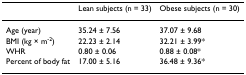
<table><thead><tr><td></td><td><b>Lean subjects (n = 33)</b></td><td><b>Obese subjects (n = 30)</b></td></tr></thead><tbody><tr><td>Age (year)</td><td>35.24 ± 7.56</td><td>37.07 ± 9.68</td></tr><tr><td>BMI (kg × m<sup>-2</sup>)</td><td>22.23 ± 2.14</td><td>32.21 ± 3.99*</td></tr><tr><td>WHR</td><td>0.80 ± 0.06</td><td>0.88 ± 0.08*</td></tr><tr><td>Percent of body fat</td><td>17.00 ± 5.16</td><td>36.48 ± 9.36*</td></tr></tbody></table>